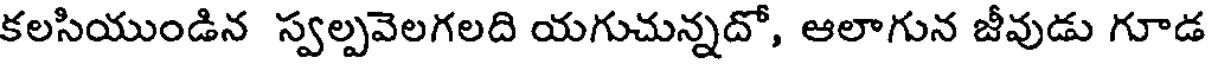
కలసియుండిన స్వల్పవెలగలది యగుచున్నదో, ఆలాగున జీవుడు గూడ